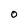
Character: 0